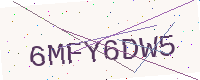
Text: 6MFY6DW5